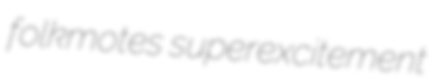
folkmotes superexcitement